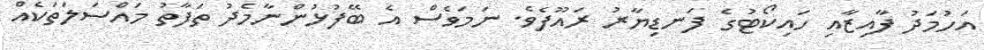
އަހުމަދު ފާއިޒާއި ހައިކޯޓުގެ ފަނޑިޔާރު ރައޫފެވެ. ނަމަވެސް އެ ބޭފުޅުންނާމެދު ތަފާތު މައްސަލަތަކެއް